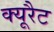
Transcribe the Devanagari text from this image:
क्यूरैट